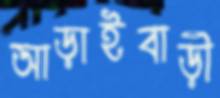
আড়াইবাড়ী